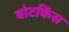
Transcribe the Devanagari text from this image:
बोटकिंस